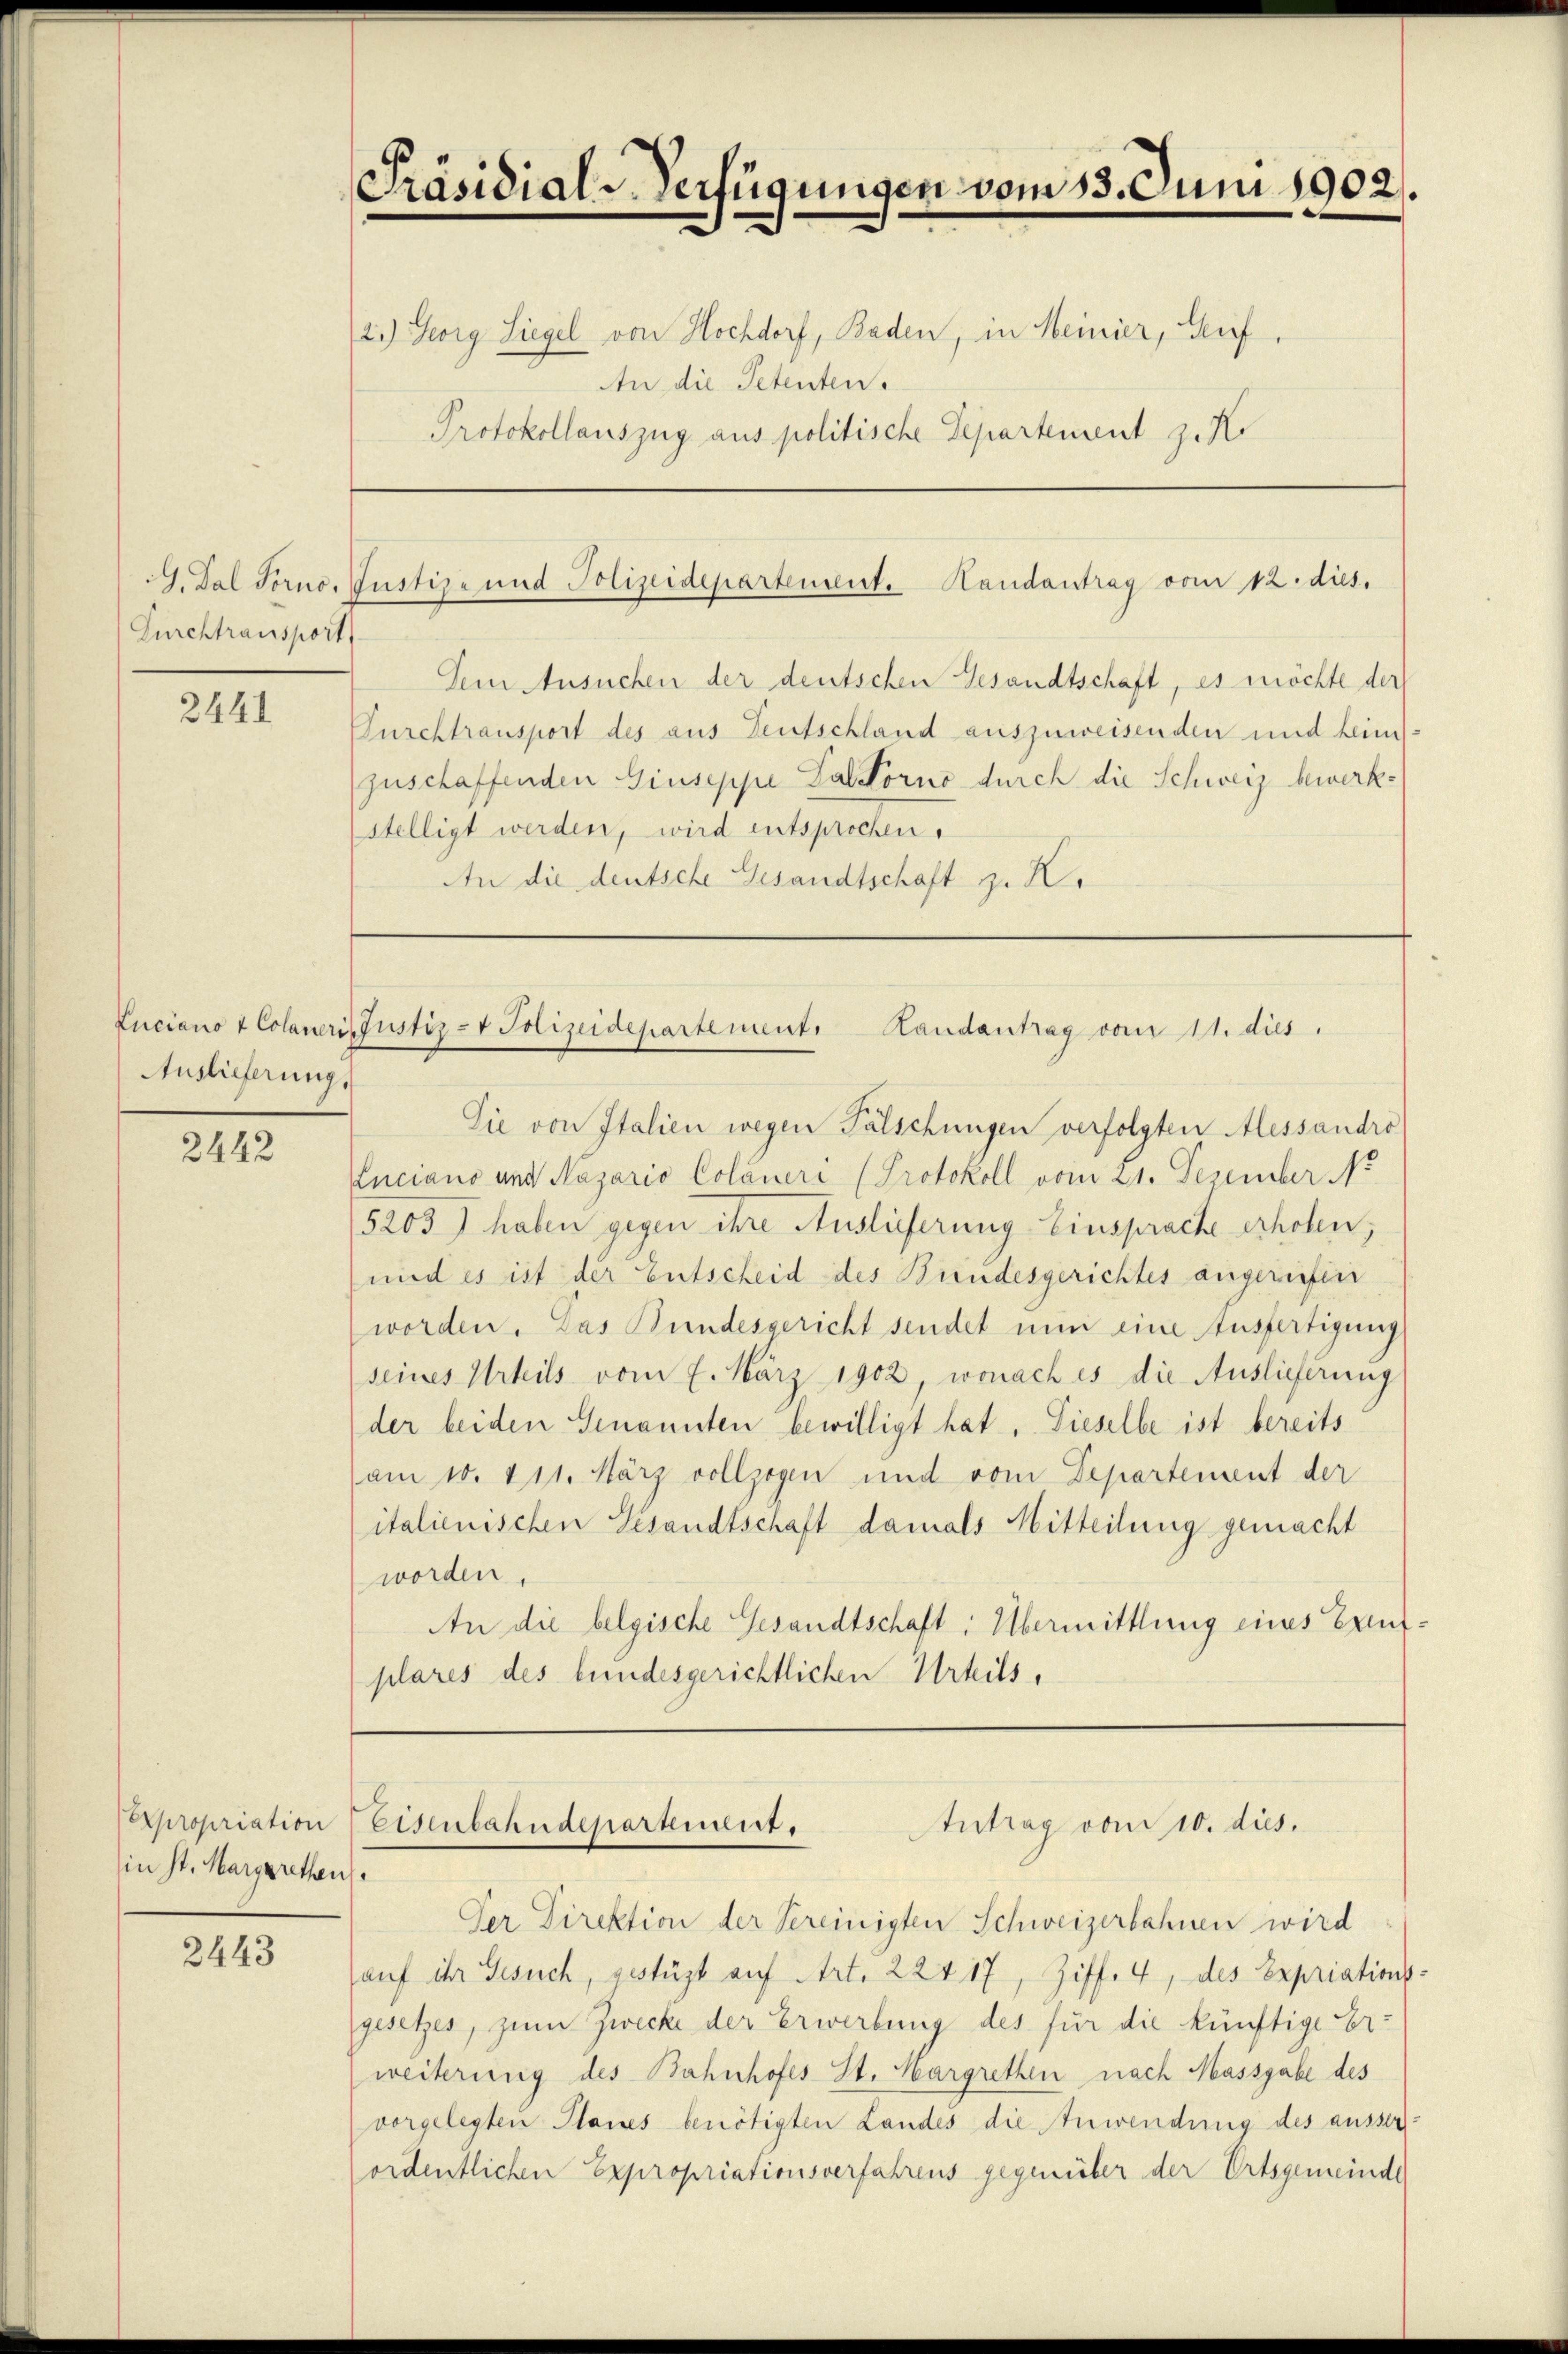
Durchtransport

2441

Auslieferung,

2442

Expropriation
in St. Margarethan.

2443

Präsidial-Verfügungen vom 13. Juni 1902.

2.) Georg Siegel von Hochdorf, Baden, in Meiner, Geif,
An die Petenten.
Protokollauszug aus politische Departement z. Ko

Dem Ansuchen der deutschen Gesandtschaft, es möchte der
Furchtransport des aus Teutschland auszuweisenden und keines:
zuschaffenden Giuseppe Daltorno durch die Schweiz bewerkstelligt werden, wird entsprochen.
An die deutsche Gesandtschaft z. K.

Sie von Italien wegen Fälschungen verfolgten Alessandro
Luciano und Nazario Coläueri (Protokoll vom 21. Dezember N
5203) haben gegen ihre Auslieferung Einsprache erhoben;
und es ist der Entscheid des Bundesgerichtes angerufen
worden. Das Bundesgericht sendet nun eine Ausfertigung
seines Urteils vom 7. März 1902, wonach es die Auslieferung
der beiden Genannten bewilligt hat. Dieselbe ist bereits
am 10. 211. März vollzogen und vom Departement der
italienischen Gesandtschaft damals Mitteilung gemacht
worden,
An die belgische Gesandtschaft: Übermittlung eines Eraufplares des bundesgerichtlichen Urteils,

. Tal Forno. Justiz- und Polizeidepartement. Handantrag vom 12. dies.

Luciano & Colaneris Justiz- & Polizeidepartement. Handantrag vom 11. dies

Eisenbahndepartient.
Antrag vom 10. dies.

Der Direktion der Vereinigten Schweizerbahnen wird
auf ihr Gesuch, gestüzt auf Art. 224 17, Ziff. 4, des Expriationsgesetzes, zum Zwecke der Erwerbung des für die künftige Er-
weiterung des Bahnhofes St. Margrethen nach Massgabe des
vorgelegten Planes benötigten Landes die Anwendung des äusserordentlichen Expropriationsverfahrens gegenüber der Ortsgemeinde